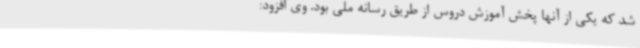
شد که یکی از آنها پخش آموزش دروس از طریق رسانه ملی بود. وی افزود: